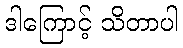
ဒါကြောင့် သိတာပါ